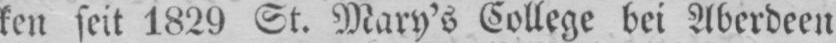
ken seit 1829 St. Mary’s College bei Aberdeen